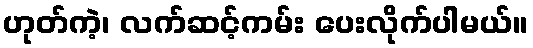
ဟုတ်ကဲ့၊ လက်ဆင့်ကမ်း ပေးလိုက်ပါမယ်။